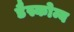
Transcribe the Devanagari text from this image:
डैस्कोम्ब